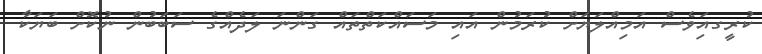
ކުރީގއަިވެސް އަމިއްލަޔަށް ކުރަމުން އައި މަސައްކަތްތައް ގަންނަ ލަދެއްގެ ސަބަބުން ނުކޮށް ބަޔަކާ